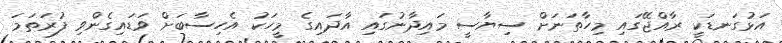
އަޅުގަނޑަކީ ރާއްޖޭގައި މިހާތަނަށް ސިޔާސީ މައިދާނުގައި އާދައިގެ މީހަކު އެހިސާބަށް ވަޑައިގެންވި ފުރަތަމަ